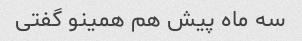
سه ماه پیش هم همینو گفتی